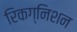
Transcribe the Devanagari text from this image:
रिकग्निशन